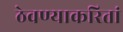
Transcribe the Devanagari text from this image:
ठेवण्याकरितां